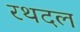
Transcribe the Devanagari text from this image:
रथदल